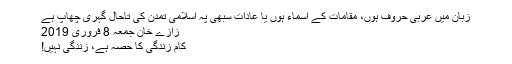
زبان میں عربی حروف ہوں، مقامات کے اسماء ہوں یا عادات سبھی پہ اسلامی تمدن کی تاحال گہری چھاپ ہے
زازے خان جمعہ 8 فروری 2019
کام زندگی کا حصہ ہے، زندگی نہیں!